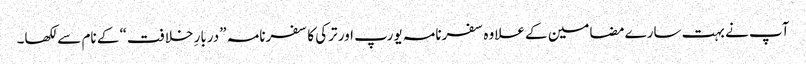
آپ نے بہت سارے مضامین کے علاوہ سفرنامہ یورپ اور ترکی کا سفرنامہ ”دربارِ خلافت“ کے نام سے لکھا۔